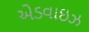
એડવાઇઝ